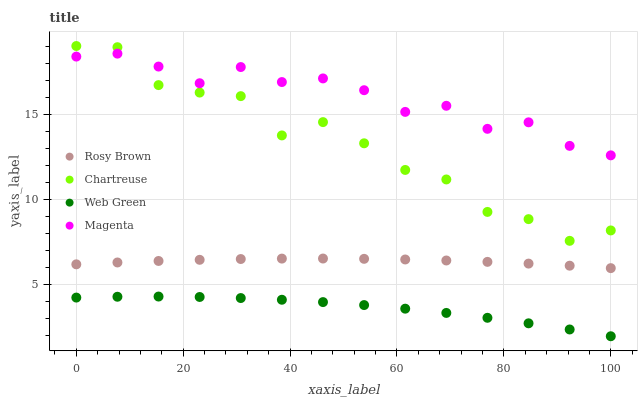
| xaxis_label | Rosy Brown | Chartreuse | Web Green | Magenta |
 | --- | --- | --- | --- | --- |
 | 0 | 6.2 | 19 | 4.25 | 18.4 |
 | 7.69 | 6.31 | 18.9 | 4.3 | 18.6 |
 | 15.4 | 6.4 | 16.7 | 4.31 | 17.8 |
 | 23.1 | 6.47 | 16.3 | 4.29 | 16.8 |
 | 30.8 | 6.51 | 16.1 | 4.22 | 17.8 |
 | 38.5 | 6.54 | 13.8 | 4.12 | 16.9 |
 | 46.2 | 6.54 | 14.5 | 3.99 | 17.1 |
 | 53.8 | 6.52 | 13.3 | 3.81 | 16.4 |
 | 61.5 | 6.49 | 11.7 | 3.6 | 15.1 |
 | 69.2 | 6.43 | 11.2 | 3.35 | 15.5 |
 | 76.9 | 6.35 | 9.27 | 3.07 | 14.1 |
 | 84.6 | 6.24 | 8.85 | 2.74 | 14.5 |
 | 92.3 | 6.12 | 7.58 | 2.38 | 13.1 |
 | 100 | 5.98 | 8.19 | 1.98 | 12.6 |